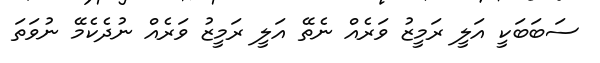
ސަބަބަކީ އަލީ ރަމީޒު ވަރެއް ނެތޭ އަލީ ރަމީޒު ވަރެއް ނުދެކެމޭ ނުވަތަ